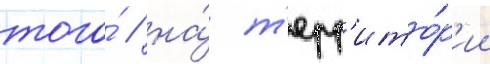
того́ / на́ т'ерр'ито́р'ии